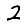
Digit: 2